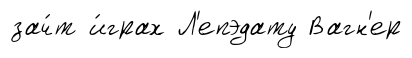
зач́т и́грах Л'епэдату Вагн'ер